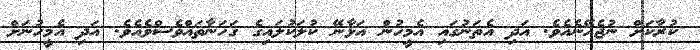
ކުރާކަށް ނުޖެހޭނެއެވެ. އަދި އެތަނުގައި އެމީހުން އަޅާނޭ ކުލަކުލައިގެ ގަހަނާތައްވެސްވެއެވެ. އަދި އެމީހުނަށް